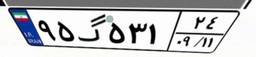
۹۵گ۵۳۱۲۴